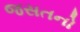
જસતનો